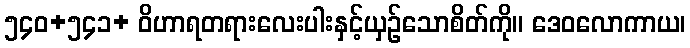
၅၄၀+၅၄၁+ ဝိဟာရတရားလေးပါးနှင့်ယှဉ်သောစိတ်ကို။ ဒေဝလောကာယ၊